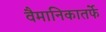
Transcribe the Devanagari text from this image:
वैमानिकातर्फे